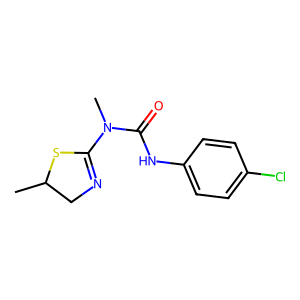
SMILES: CC1CN=C(N(C)C(=O)Nc2ccc(Cl)cc2)S1
Inhibits HIV replication: No